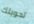
تحويلك